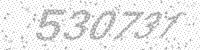
Solution: 530731